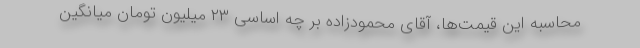
محاسبه این قیمت‌ها، آقای محمودزاده بر چه اساسی ۲۳ میلیون تومان میانگین